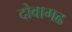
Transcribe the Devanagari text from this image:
दोवागढ